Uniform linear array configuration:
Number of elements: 48
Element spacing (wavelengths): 0.25
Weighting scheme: binomial
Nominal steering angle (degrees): -60
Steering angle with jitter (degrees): -60.747
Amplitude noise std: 0.05
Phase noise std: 0.05

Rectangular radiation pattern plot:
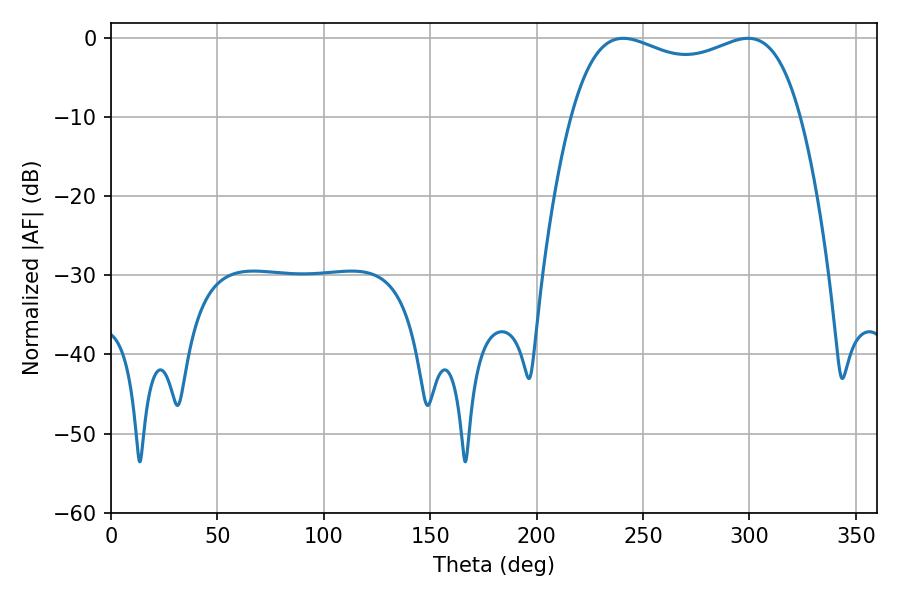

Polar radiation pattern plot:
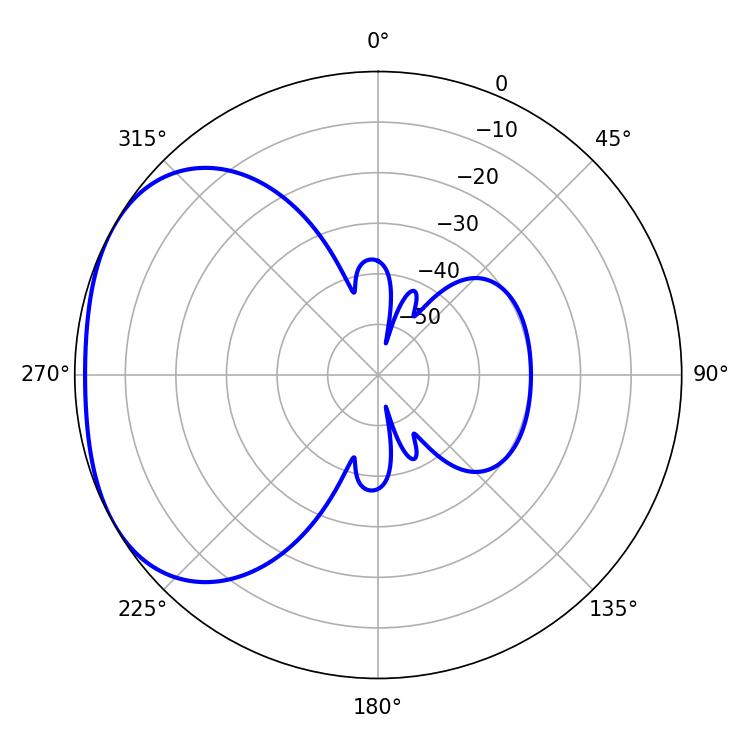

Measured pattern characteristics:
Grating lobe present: FALSE
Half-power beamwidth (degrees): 88.2
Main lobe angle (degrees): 240.66